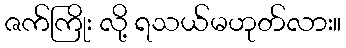
ဇက်ကြိုး လို့ ရသယ်မဟုတ်လား။